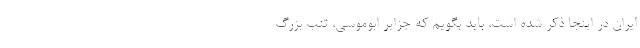
ایران در اینجا ذکر شده است، باید بگویم که جزایر ابوموسی، تنب بزرگ